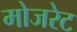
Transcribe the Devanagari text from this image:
मोजरेट